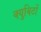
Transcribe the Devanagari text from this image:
क्युबिटों